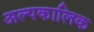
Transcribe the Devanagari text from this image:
अल्‍पकालिक